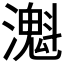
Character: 𤁔